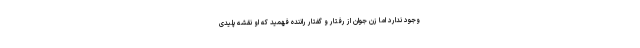
وجود ندارد اما زن جوان از رفتار و گفتار راننده فهمید که او نقشه پلیدی